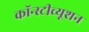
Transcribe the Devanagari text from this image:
कॉन्स्टीच्यूशन